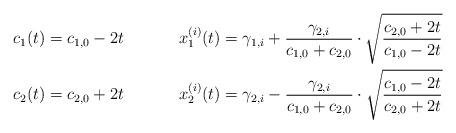
LaTeX: \begin{align*}c_1(t) &= c_{1,0} - 2t & x_1^{(i)}(t) &= \gamma_{1,i} + \frac{\gamma_{2,i}}{c_{1,0}+c_{2,0}}\cdot \sqrt{\frac{c_{2,0}+2t}{c_{1,0}-2t}}\\c_2(t) &= c_{2,0} + 2t &x_2^{(i)}(t) &= \gamma_{2,i} - \frac{\gamma_{2,i}}{c_{1,0}+c_{2,0}}\cdot \sqrt{\frac{c_{1,0}-2t}{c_{2,0}+2t}}\end{align*}